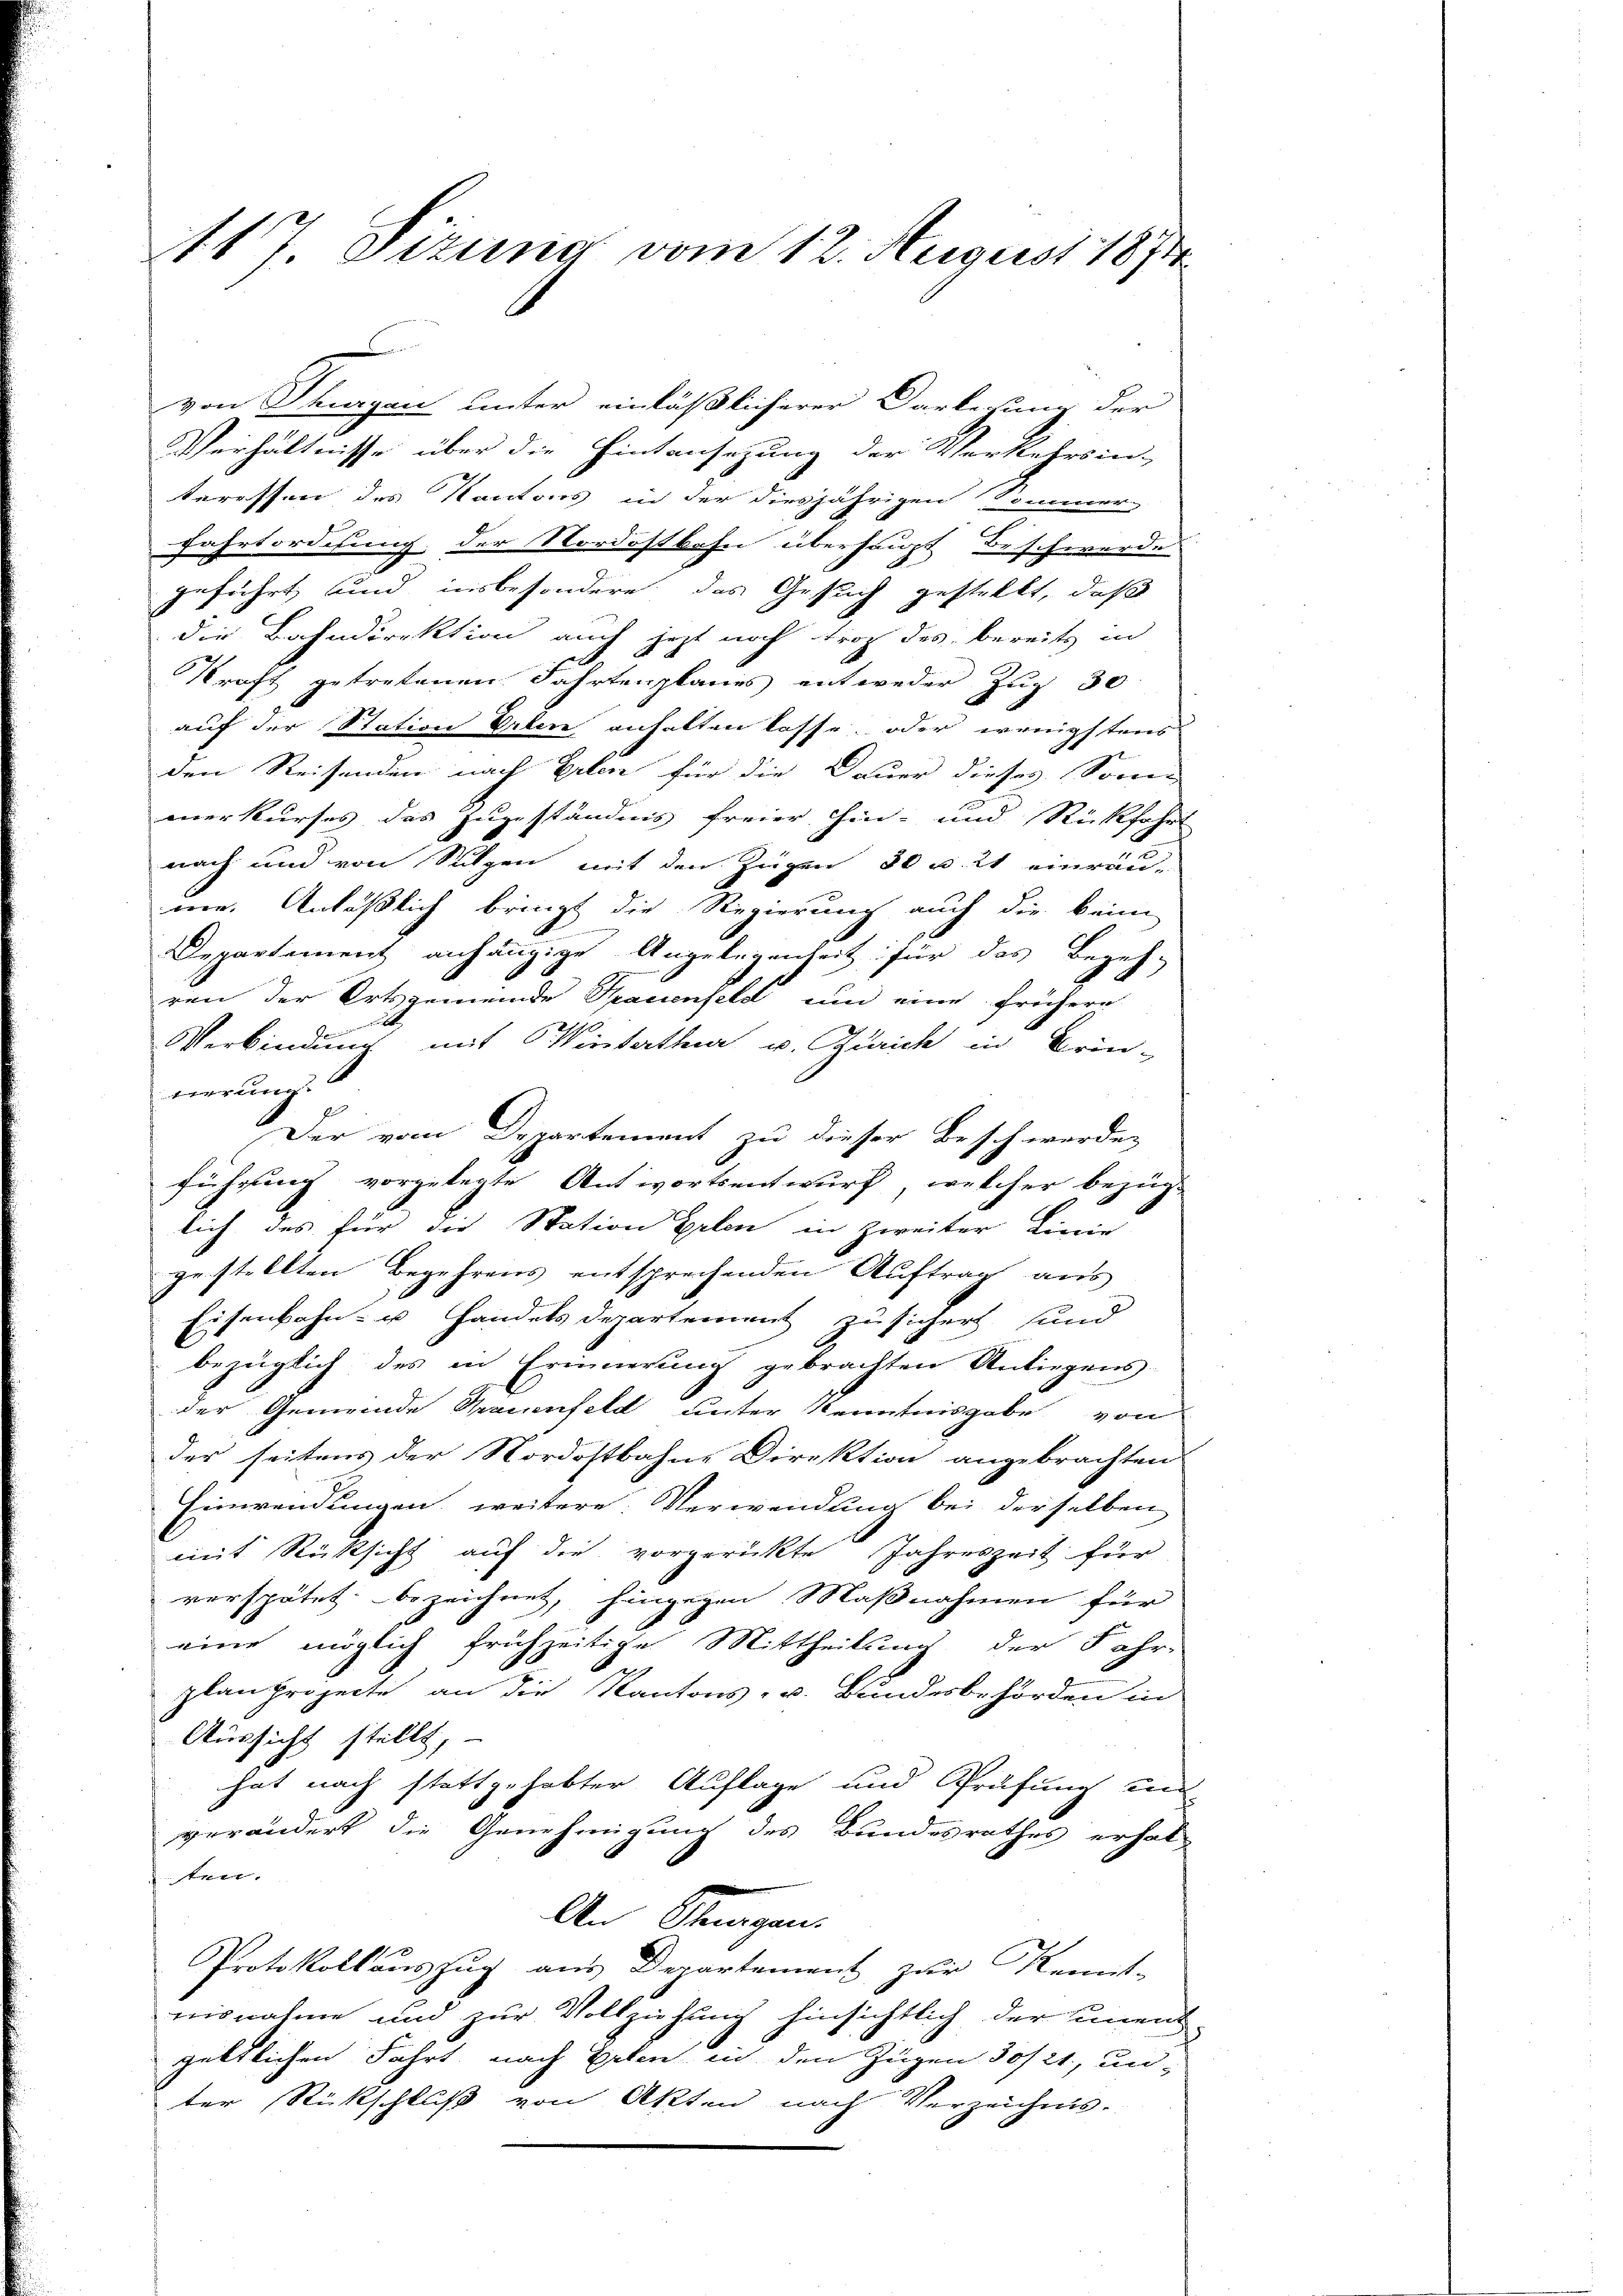
17. Sizung vom 12. August 1874

von Stragen unter einläßlicherer Darlegung der
Verhältnisse über die Hintansezung der Verkehrsin-
teressen des Kantons in der diesjährigen Sommer-
fahrtordisung der Nordostbahn überhaupt Beschwerde
geführt und insbesondere das Gesuch gestellt, daß
die Bahndirektion auch jetzt noch Froh des bereits in
Kraft getretenen Fahrtenplanes entweder Zug 30
auf der Station Erlen anhalten lasse, oder wenigstens
den Reisenden nach Erlen für die Dauer dieses Sonne
merkurses des Zugeständnis freier hin- und Rückfahr
nach und von Stutzen mit den Zügen 30 v. 241 einräu-
me. Anläßlich bringt die Regierung auch die kein
Departement anhängige Angelegenheit für das Begeh-
ren der Ortsgemeinde Trauenfeld um eine frühere
Verbindung mit Winterthur u. Zürich in Brin-
tierung.
Der vom Departement zu dieser Beschwerden
führung vorgelegte Antwortsentwurf, welcher bezüg-
lich des für die Station Erlen in Zweiter Linie
gestellten Begehrens entsprechenden Auftrag aus
Eisenbahn- u. Handels Departement zusicher und
bezüglich des in Erinnerung gebrachten Anliegens-
der Gemeinde Trauenfeld unter Kenntnisgabe von
der seitens der Nordostbahne Direktion angebrachten
Einwendungen weitere Verwendung bei derselben
mit Rücksicht auf die vorgerickte Jahreszeit für
verspätet, bezeichnet, hinzigen Maßnahmen für
eine möglich frühzeitige Mittheilung der Fahr-
planprojecte an die Kantons- u. Bundesbehörden in
Aussicht stellt,
hat nach stattgehabter Auflage und Prüfung un
verändert die Genehmigung des Bundesrathes erhal-
ten.
An Stangen.
Protokollauszug aus Departement zur Kennt-
nisnahme und zur Vollziehung hinsichtlich der unent
geltlichen Fahrt nach Helen in den Zügen 30/21, un-
ter Rückschluß von Akten nach Verzeichnis.